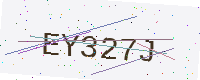
Text: EY327J